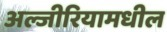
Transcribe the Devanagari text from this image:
अल्जीरियामधील